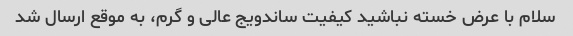
سلام با عرض خسته نباشید کیفیت ساندویج عالی و گرم، به موقع ارسال شد